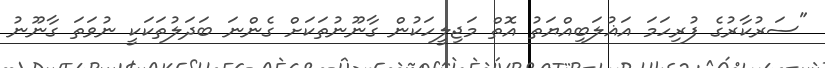
"ސަރުކާރުގެ ފުރިހަމަ އަޣުލަބިއްޔަތު އޮތް މަޖިލީހަކުން ގާނޫނުތަކަށް ގެންނަ ބަދަލުތަކަކީ ނުވަތަ ގާނޫނު